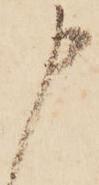
申